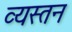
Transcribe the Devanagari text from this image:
व्यस्तन